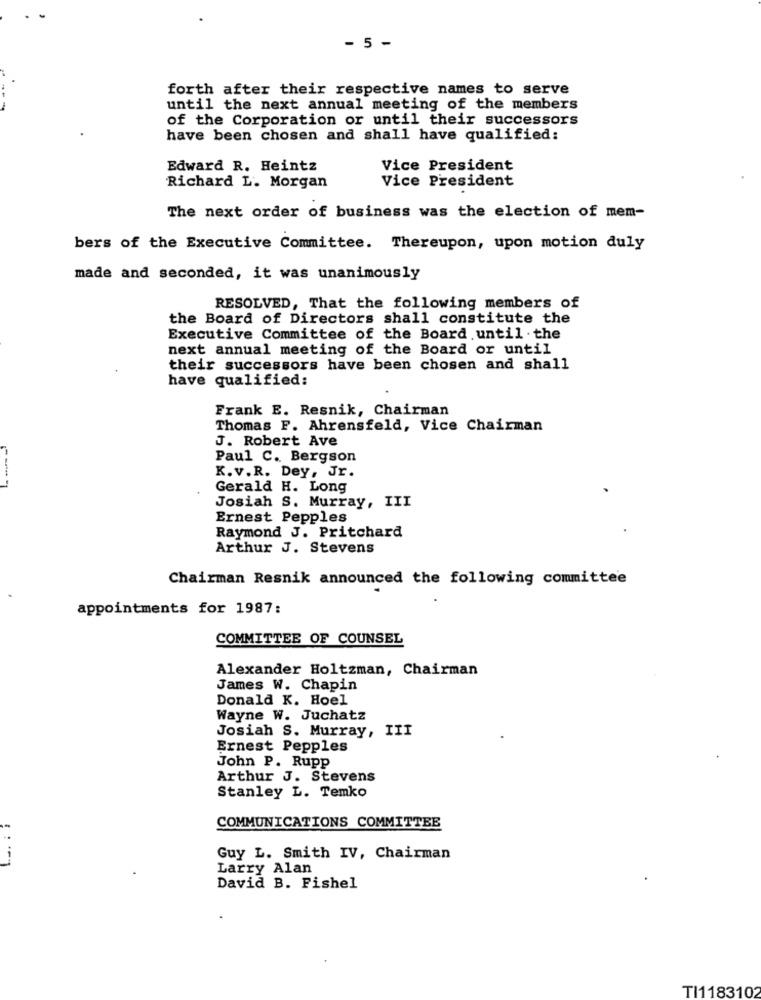
- 5 -
forth after their respective names to serve
until the next annual meeting of the members
of the Corporation or until their successors
have been chosen and shall have qualified:
Edward R. Heintz
Vice President
Vice President
Richard L. Morgan
The next order of business was the election of mem-
bers of the Executive Committee. Thereupon, upon motion duly
made and seconded, it was unanimously
RESOLVED, That the following members of
the Board of Directors shall constitute the
Executive Committee of the Board until . the
next annual meeting of the Board or until
their successors have been chosen and shall
have qualified:
Frank E. Resnik, Chairman
Thomas F. Ahrensfeld, Vice Chairman
J. Robert Ave
Paul C. Bergson
K.v.R. Dey, Jr.
---
Gerald H. Long
Josiah S. Murray, III
Ernest Pepples
Raymond J. Pritchard
Arthur J. Stevens
Chairman Resnik announced the following committee
appointments for 1987:
COMMITTEE OF COUNSEL
Alexander Holtzman, Chairman
James W. Chapin
Donald K. Hoel
Wayne W. Juchatz
Josiah S. Murray, III
Ernest Pepples
John P. Rupp
Arthur J. Stevens
Stanley L. Temko
COMMUNICATIONS COMMITTEE
Guy L. Smith IV, Chairman
Larry Alan
David B. Fishel
TI1183102